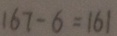
1 6 7 - 6 = 1 6 1